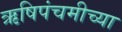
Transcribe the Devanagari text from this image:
ऋषिपंचमीच्या